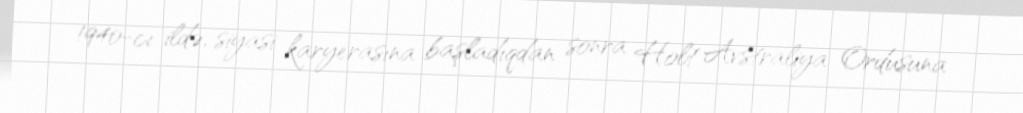
1940-cı ildə, siyasi karyerasına başladıqdan sonra Holt Avstraliya Ordusuna